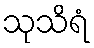
သုသိရံ